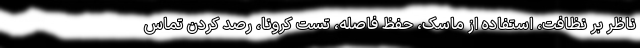
ناظر بر نظافت، استفاده از ماسک، حفظ فاصله، تست کرونا، رصد کردن تماس